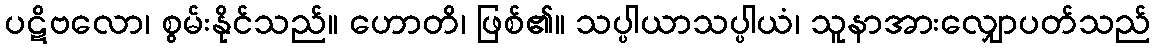
ပဋိဗလော၊ စွမ်းနိုင်သည်။ ဟောတိ၊ ဖြစ်၏။ သပ္ပါယာသပ္ပါယံ၊ သူနာအားလျှောပတ်သည်